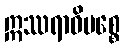
ဣဿရာဓိပစ္စေ